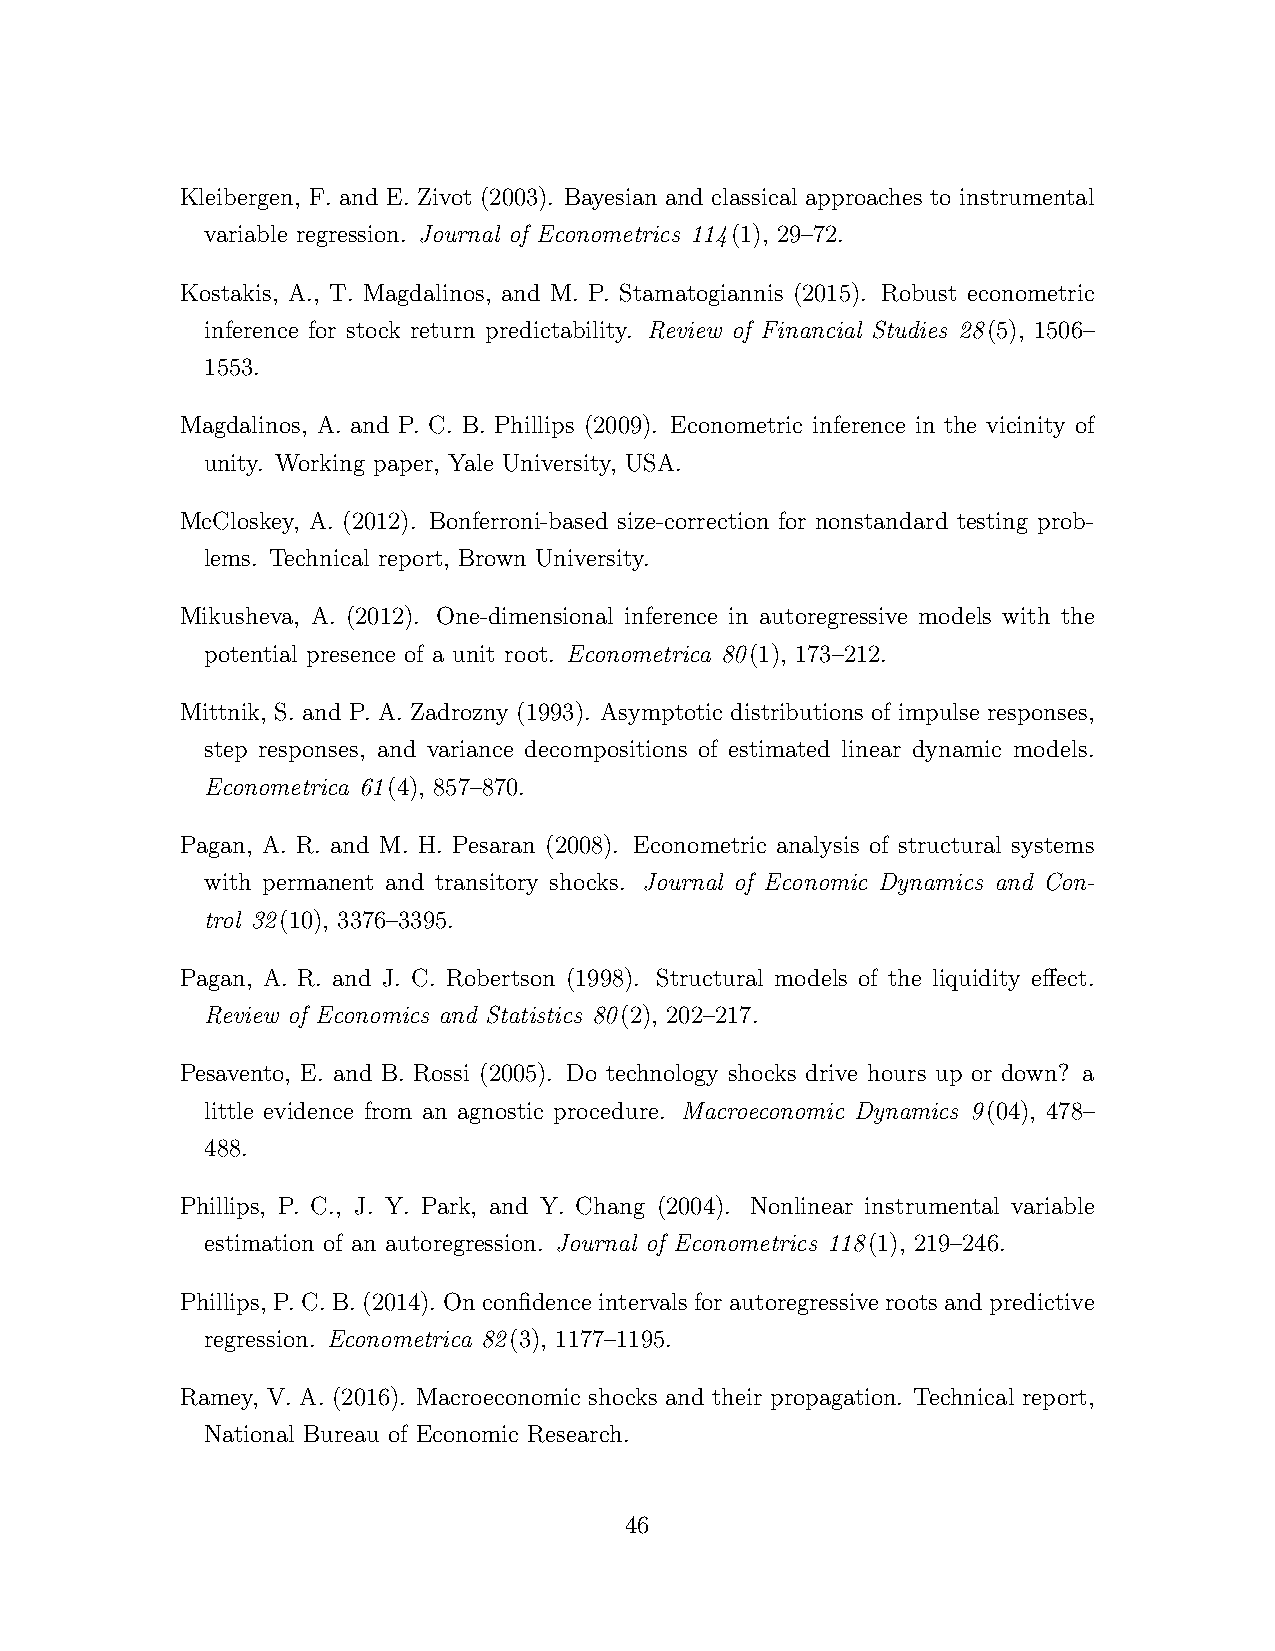
Kleibergen, F. and E. Zivot (2003). Bayesian and classical approaches to instrumental
 variable regression. Journal of Econometrics 114(1), 29–72.
 Kostakis, A., T. Magdalinos, and M. P. Stamatogiannis (2015). Robust econometric
 inference for stock return predictability. Review of Financial Studies 28(5), 1506–
 1553.
 Magdalinos, A. and P. C. B. Phillips (2009). Econometric inference in the vicinity of
 unity. Working paper, Yale University, USA.
 McCloskey, A. (2012). Bonferroni-based size-correction for nonstandard testing prob-
 lems. Technical report, Brown University.
 Mikusheva, A. (2012). One-dimensional inference in autoregressive models with the
 potential presence of a unit root. Econometrica 80(1), 173–212.
 Mittnik, S. and P. A. Zadrozny (1993). Asymptotic distributions of impulse responses,
 step responses, and variance decompositions of estimated linear dynamic models.
 Econometrica 61(4), 857–870.
 Pagan, A. R. and M. H. Pesaran (2008). Econometric analysis of structural systems
 with permanent and transitory shocks. Journal of Economic Dynamics and Con-
 trol 32(10), 3376–3395.
 Pagan, A. R. and J. C. Robertson (1998). Structural models of the liquidity effect.
 Review of Economics and Statistics 80(2), 202–217.
 Pesavento, E. and B. Rossi (2005). Do technology shocks drive hours up or down? a
 little evidence from an agnostic procedure. Macroeconomic Dynamics 9(04), 478–
 488.
 Phillips, P. C., J. Y. Park, and Y. Chang (2004). Nonlinear instrumental variable
 estimation of an autoregression. Journal of Econometrics 118(1), 219–246.
 Phillips, P.C.B.(2014). Onconfidenceintervalsforautoregressiverootsandpredictive
 regression. Econometrica 82(3), 1177–1195.
 Ramey, V. A. (2016). Macroeconomic shocks and their propagation. Technical report,
 National Bureau of Economic Research.
 46